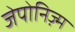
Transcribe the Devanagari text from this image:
जेपोनिज़्म